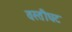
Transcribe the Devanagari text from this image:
वस्तीघट